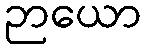
ဉာယော